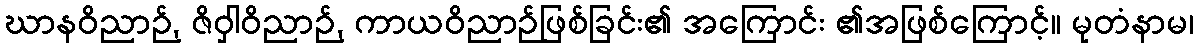
ဃာနဝိညာဉ်, ဇိဝှါဝိညာဉ်, ကာယဝိညာဉ်ဖြစ်ခြင်း၏ အကြောင်း ၏အဖြစ်ကြောင့်။ မုတံနာမ၊